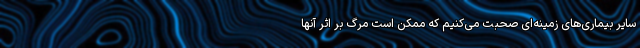
سایر بیماری‌های زمینه‌ای صحبت می‌کنیم که ممکن است مرگ بر اثر آنها